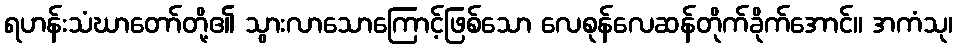
ရဟန်းသံဃာတော်တို့၏ သွားလာသောကြောင့်ဖြစ်သော လေစုန်လေဆန်တိုက်ခိုက်အောင်။ အကံသု၊